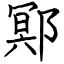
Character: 鄍